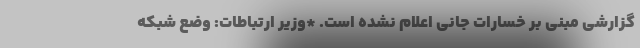
گزارشی مبنی بر خسارات جانی اعلام نشده است. *وزیر ارتباطات: وضع شبکه